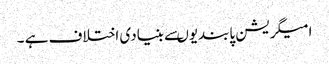
امیگریشن پابندیوںسے بنیادی اختلاف ہے ۔